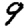
Digit: 9